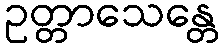
ဥတ္တာသေန္တေ